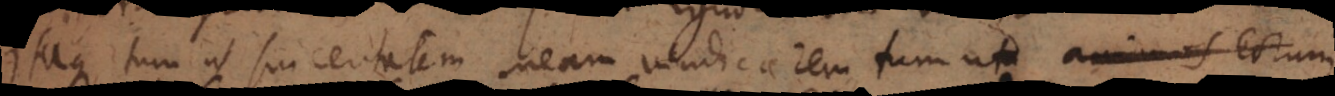
Itaque tum ut sinceritatem meam vindicarem, tum ut animos eorum